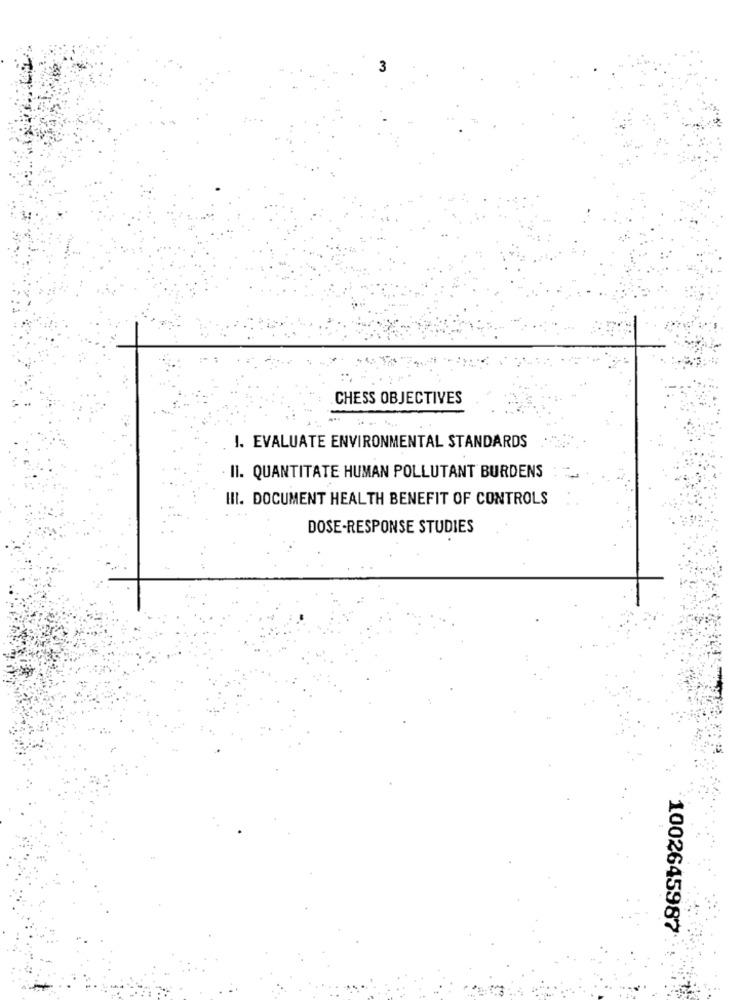
3
CHESS OBJECTIVES
1. EVALUATE ENVIRONMENTAL STANDARDS
II. QUANTITATE HUMAN POLLUTANT BURDENS
III. DOCUMENT HEALTH BENEFIT OF CONTROLS
DOSE-RESPONSE STUDIES
1002645987